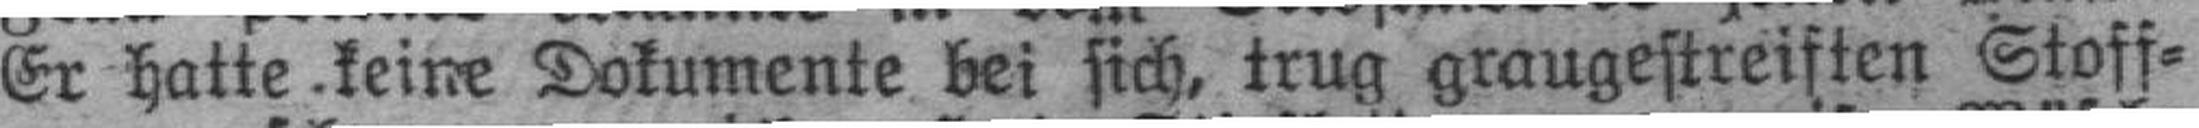
Er hatte keine Dokumente bei sich, trug graugestreiften Stoff¬